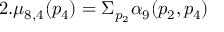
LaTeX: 2 . \mu _ { 8 , 4 } ( p _ { 4 } ) = \Sigma _ { p _ { 2 } } \alpha _ { 9 } ( p _ { 2 } , p _ { 4 } )